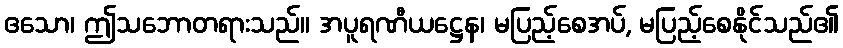
ဧသော၊ ဤသဘောတရားသည်။ အပူရဏီယဋ္ဌေန၊ မပြည့်စေအပ်, မပြည့်စေနိုင်သည်၏